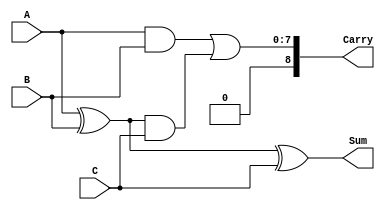
module DynamicCarrySaveAdder (
    input wire [N-1:0] A,  // First operand
    input wire [N-1:0] B,  // Second operand
    input wire [N-1:0] C,  // Third operand
    output wire [N-1:0] Sum, // Sum output
    output wire [N:0] Carry // Carry output (N+1 bits for carry)
);
    parameter N = 8; // Bit width of the inputs

    wire [N-1:0] sum1, sum2, carry1, carry2;

    // Stage 1: Add A and B
    assign sum1 = A ^ B;             // Sum bits for A and B
    assign carry1 = A & B;           // Carry bits for A and B

    // Stage 2: Add sum1 and C
    assign sum2 = sum1 ^ C;          // Final sum bits
    assign carry2 = sum1 & C;        // Carry bits for sum1 and C

    // Final Carry Generation
    assign Carry = carry1 | carry2;  // Combine carry bits  
    assign Sum = sum2;                // Final sum output

endmodule